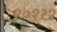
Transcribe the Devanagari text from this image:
१०१२१